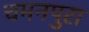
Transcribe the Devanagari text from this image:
चमनपुरा